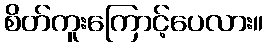
စိတ်ကူးကြောင့်ပေလား။